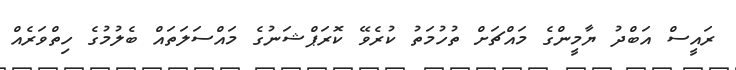
ރައީސް އަބްދު ޔާމީންގެ މައްޗަށް ތުހުމަތު ކުރެވޭ ކޮރަޕްޝަނުގެ މައްސަލަތައް ބެލުމުގެ ހިތްވަރެއް